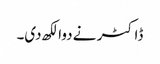
ڈاکٹر نے دوا لکھ دی۔